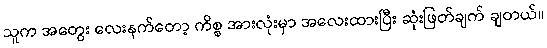
သူက အတွေး လေးနက်တော့ ကိစ္စ အားလုံးမှာ အလေးထားပြီး ဆုံးဖြတ်ချက် ချတယ်။